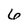
Character: 6